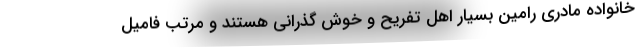
خانواده مادری رامین بسیار اهل تفریح و خوش گذرانی هستند و مرتب فامیل